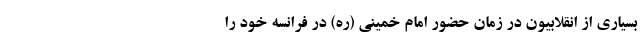
بسیاری از انقلابیون در زمان حضور امام خمینی (ره) در فرانسه خود را